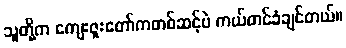
သူတို့က ကျေးဇူးတော်ကတစ်ဆင့်ပဲ ကယ်တင်ခံချင်တယ်။